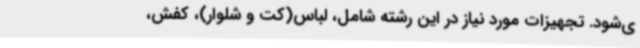
ی‌شود. تجهیزات مورد نیاز در این رشته شامل، لباس(کت و شلوار)، کفش،